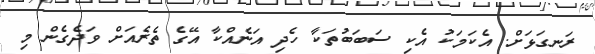
ރަނގަޅަށް. އެކަމަކު އެކި ސަބަބުތަކާ ހެދި އަނެއްކާ އޭގެ ތެރެއަށް ވަދެގެން މި